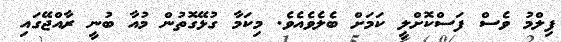
ފިލްމު ވެސް ފަސްކޮށްލީ ކަމަށް ބެލެވެއެވެ. މިކަމާ ގުޅޭގޮތުން މުއާ ބުނީ ރާއްޖޭގައި